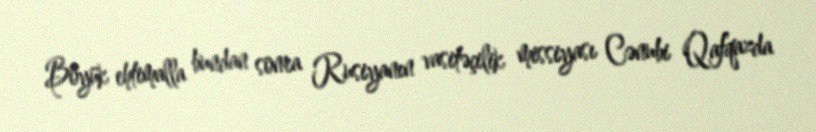
Böyük ehtimalla bundan sonra Rusiyanın vasitəçilik missiyası Cənubi Qafqazda